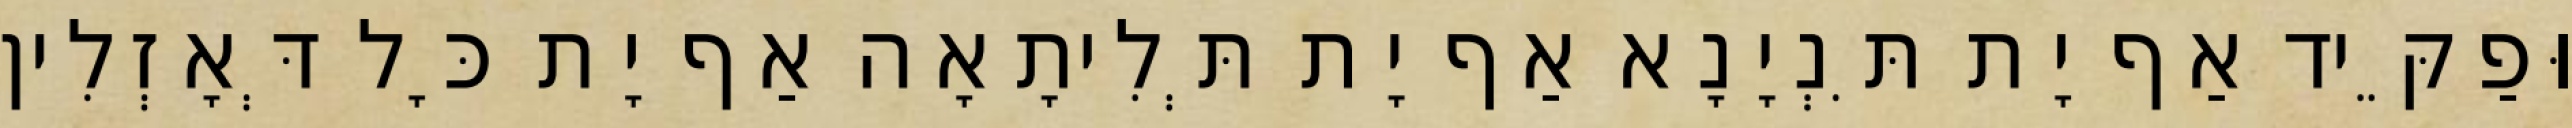
וּפַקֵּיד אַף יָת תִּנְיָנָא אַף יָת תְּלִיתָאָה אַף יָת כָּל דְּאָזְלִין